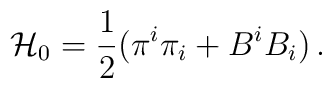
{\cal H}_0 = \frac{1}{2} (\pi^i\pi_i + B^i B_i)\,.